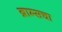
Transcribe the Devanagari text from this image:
ब्राम्सचा